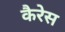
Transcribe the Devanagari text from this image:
कैरेस